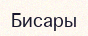
Бисары